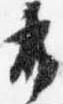
布